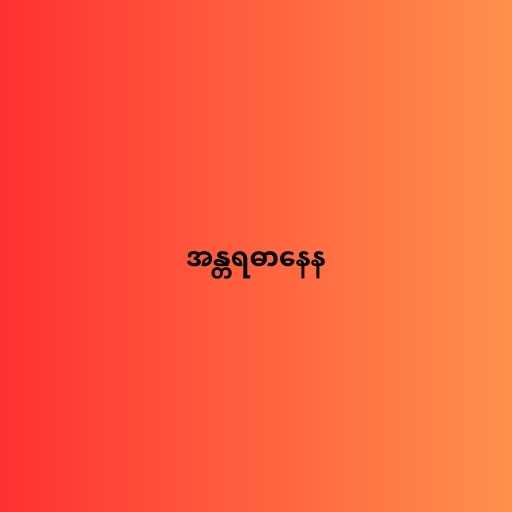
အန္တရဓာနေန